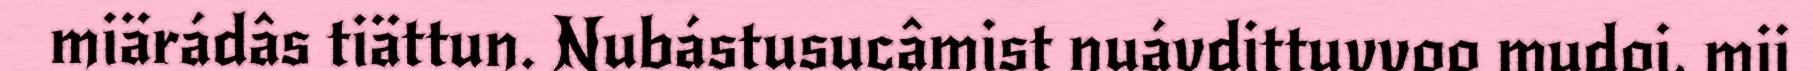
miärádâs tiättun. Nubástusucâmist nuávdittuvvoo mudoi, mii